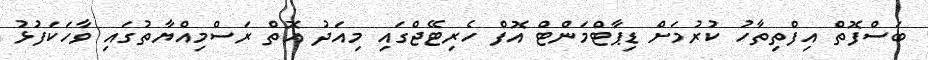
ބަސްފޮތް އިފްތިތާހު ކުރުމަށް ޑިޕާޓްމަންޓް އޮފް ހެރިޓޭޖްގައި މިއަދު އޮތް ރަސްމިއްޔާތުގައި ވާހަކަފުޅު